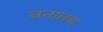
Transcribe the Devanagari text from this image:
वनातच